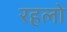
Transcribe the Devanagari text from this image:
रहलो